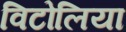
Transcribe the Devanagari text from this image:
विटोलिया